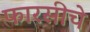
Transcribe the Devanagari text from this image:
फारसीचे